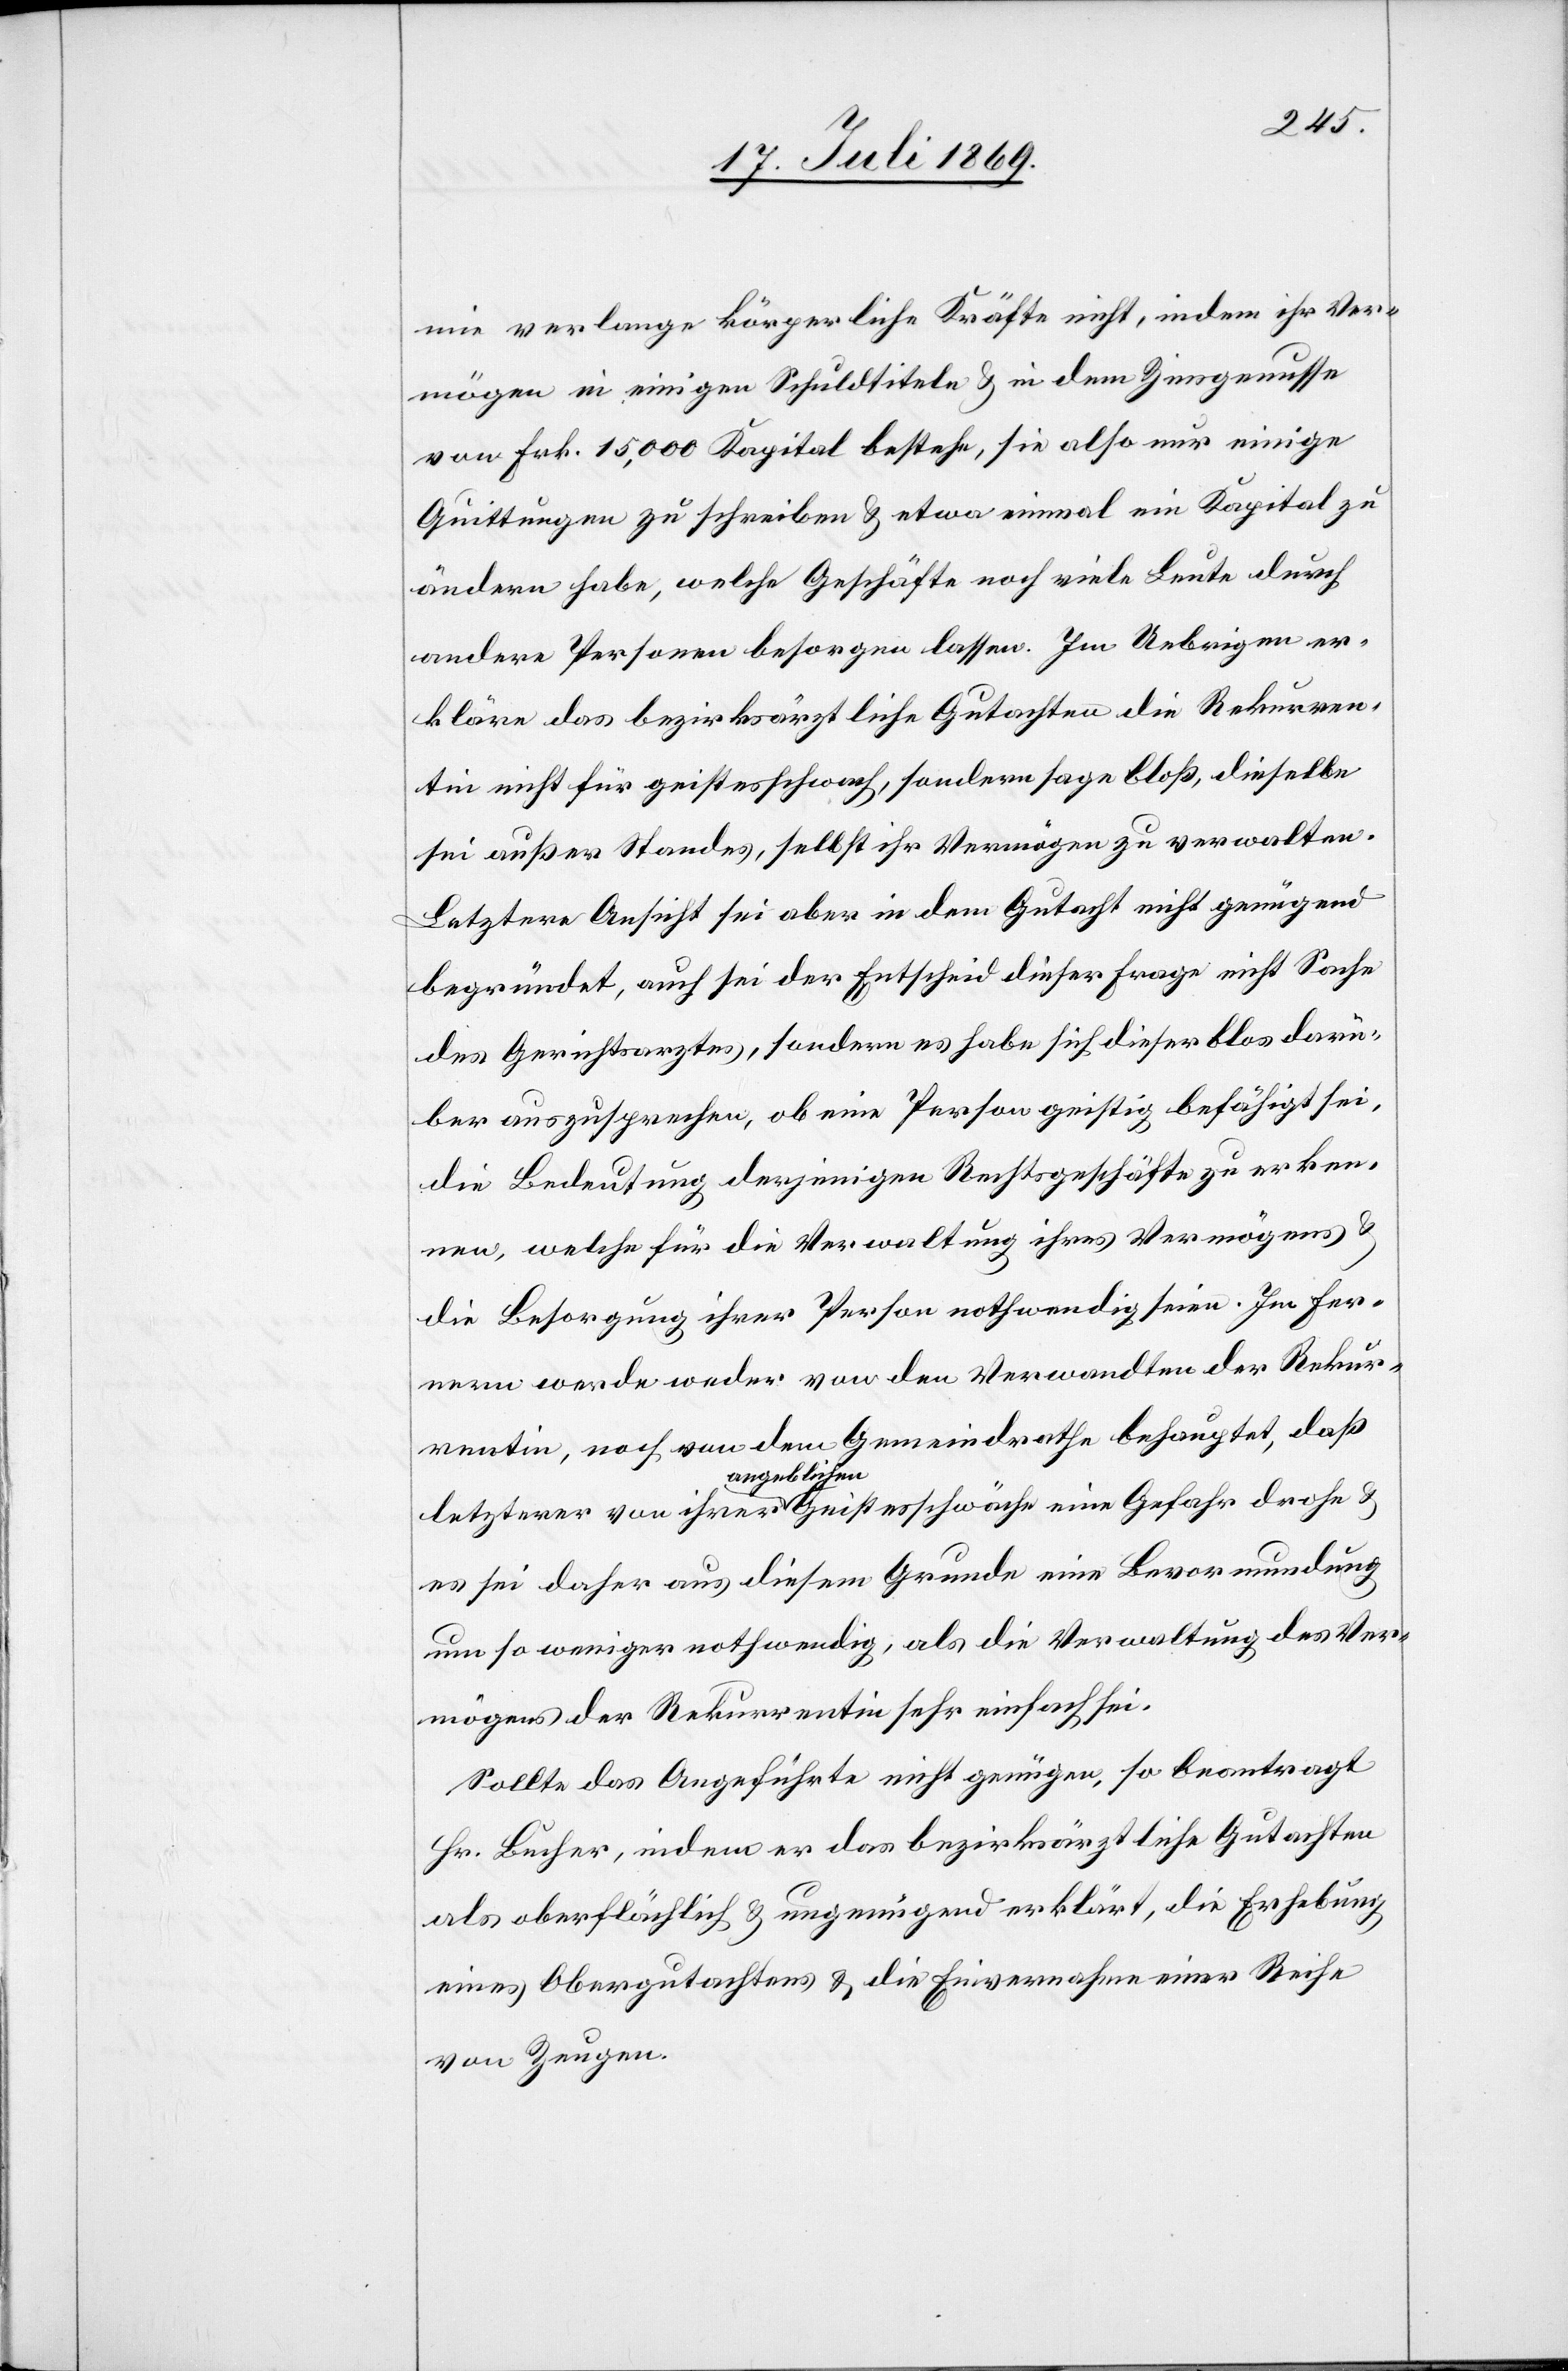
mie verlange körperliche Kräfte nicht, indem ihr Ver¬
mögen in einigen Schuldtiteln u. in dem Zinsgenusse
von Frk. 15,000 Kapital bestehe, sie also nur einige
Quittungen zu schreiben u. etwa einmal ein Kapital zu
ändern habe, welche Geschäfte noch viele Leute durch
andere Personen besorgen lassen. Im Uebrigen er¬
kläre das bezirksräthliche Gutachten die Rekurren¬
tin nicht für geistesschwach, sondern sage bloß, dieselbe
sei außer Standes, selbst ihr Vermögen zu verwalten.
Letztere Ansicht sei aber in dem Gutacht[en], nicht genügend
begründet, auch sei der Entscheid dieser Frage nicht Sache
des Gerichtsarztes, sondern es habe sich dieser blos darü¬
ber auszusprechen, ob eine Person geistig befähigt sei,
die Bedeutung derjenigen Rechtsgeschäfte zu erken¬
nen, welche für die Verwaltung ihres Vermögens u.
die Besorgung ihrer Person nothwendig seien. Im Fer¬
nern werde weder von den Verwandten der Rekur¬
rentin, noch von dem Gemeindrathe behauptet, daß
letzterer von ihrer angeblichen Geistesschwäche eine Gefahr drohe u.
es sei daher aus diesem Grunde eine Bevormundung
um so weniger nothwenig, als die Ver	waltung des Ver¬
mögens der Rekurrentin sehr einfach sei.
Sollte das Angeführte nicht genügen, so beantragt
Hr. Bucher, indem er das bezirksräthliche Gutachten
als oberflächlich u. ungenügend erklärt, die Erhebung
eines Obergutachtens u. die Einvernahme einer Reihe
von Zeugen.